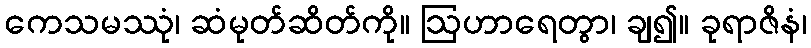
ကေသမဿုံ၊ ဆံမုတ်ဆိတ်ကို။ ဩဟာရေတွာ၊ ချ၍။ ခုရာဇိနံ၊